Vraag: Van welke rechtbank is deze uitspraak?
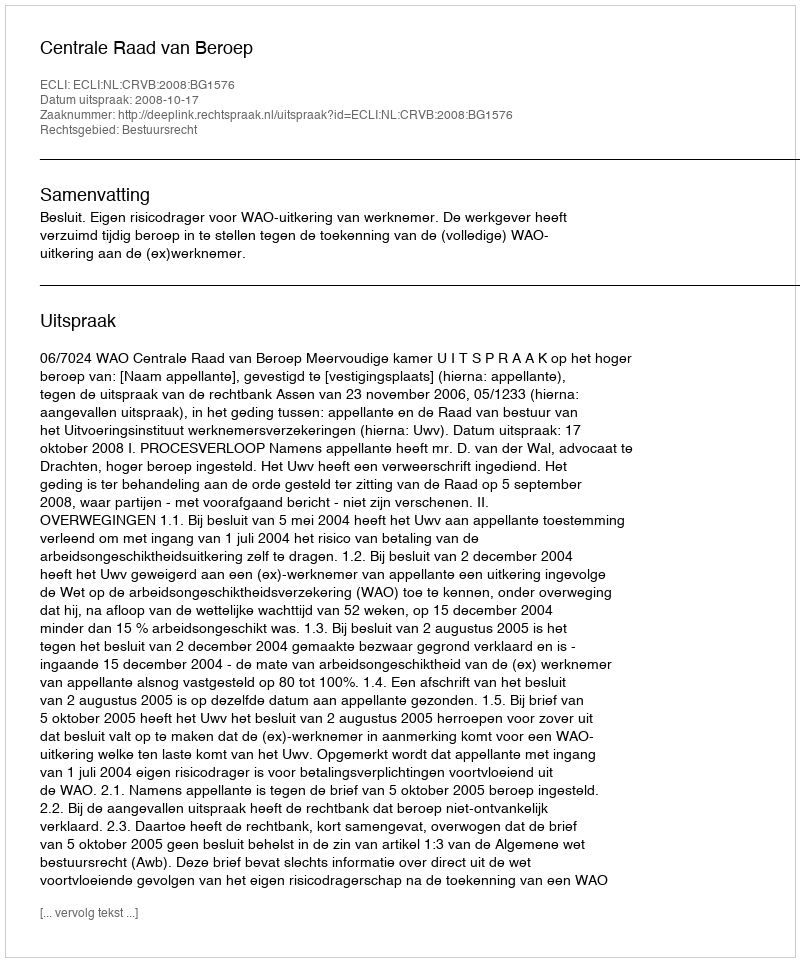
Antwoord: Centrale Raad van Beroep